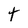
Character: t